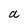
Character: a